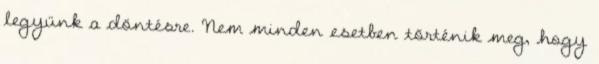
legyünk a döntésre. Nem minden esetben történik meg, hogy